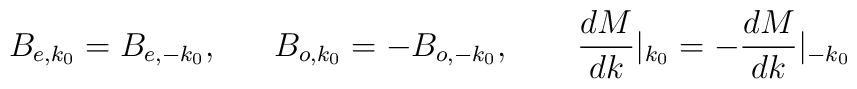
B_{e,k_0}=B_{e,-k_0},~~~~~B_{o,k_0}=-B_{o,-k_0},~~~~~~\frac{dM}{dk}|_{k_0}=-\frac{dM}{dk}|_{-k_0}